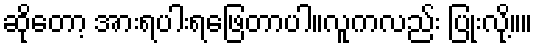
ဆိုတော့ အားရပါးရဖြေတာပါ။လူကလည်း ပြုံးလို့။။